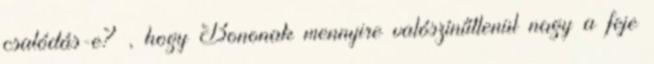
csalódás-e? , hogy Bononak mennyire valószínűtlenül nagy a feje